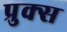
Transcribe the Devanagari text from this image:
प्रुक्स